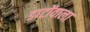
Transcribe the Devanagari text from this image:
डाटोंवाला